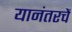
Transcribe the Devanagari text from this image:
यानंतरचें